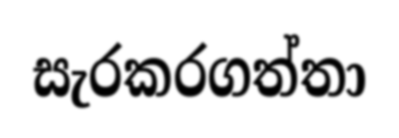
සැරකරගත්තා